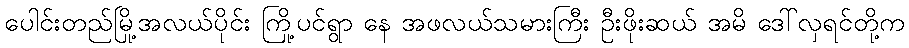
ပေါင်းတည်မြို့အလယ်ပိုင်း ကြို့ပင်ရွာ နေ အဖလယ်သမားကြီး ဦးဖိုးဆယ် အမိ ဒေါ်လှရင်တို့က